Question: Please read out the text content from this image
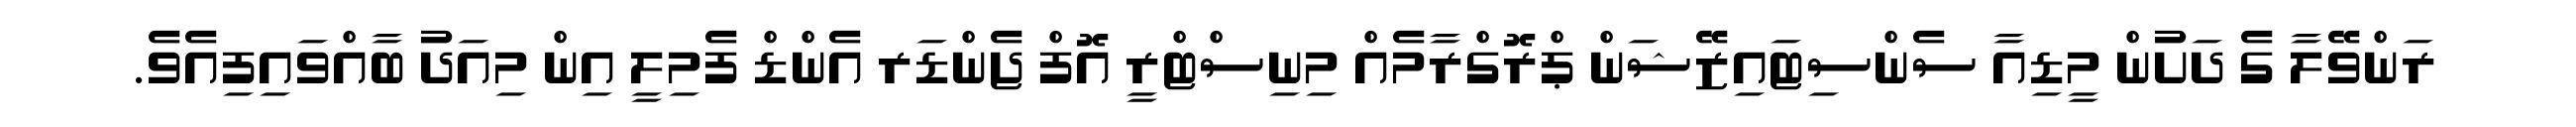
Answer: ރަންވޭލާ ގެ ދަށުން މީޑިއާ ސެންސިޓައިޒޭޝަން ޕްރޮގްރާމެއް މިނިސްޓްރީ އޮފް ޖެންޑަރ އެންޑް ފެމިލީ އިން މިއަދު ބާއްވައިފިއެވެ.